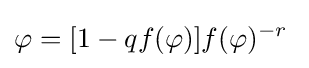
\varphi =[1-qf(\varphi )]f(\varphi )^{-r}\;